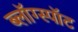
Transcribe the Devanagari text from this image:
ब्लॉग्स्पॉट